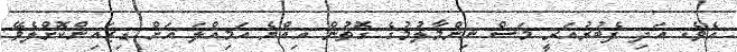
އެވެ. އަދި ފެބުރުއަރީ މަސް ނިންމާލުމުގެ ގޮތުން އިއްޔެ އަމިއްލަ އަށް ޑިޒައިންކޮށްލެވޭ